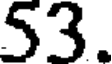
53.